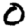
Digit: 0